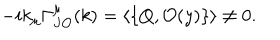
- i k _ { \mu } \Gamma _ { J \mathcal { O } } ^ { \mu } ( k ) = \langle \left\{ Q , \mathcal { O } ( y ) \right\} \rangle \neq 0 .